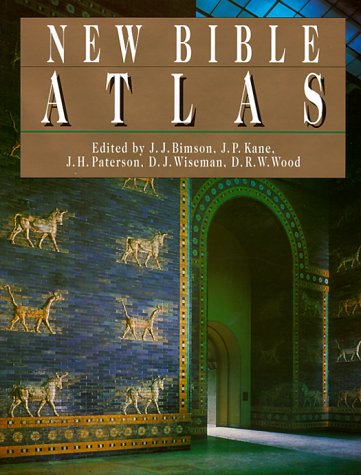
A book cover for New Bible Atlas; Christian Books & Bibles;